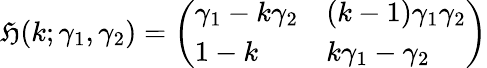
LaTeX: {\mathfrak{H}}(k;\gamma_{1},\gamma_{2})={\left(\begin{array}{ll}{\gamma_{1}-k\gamma_{2}}&{(k-1)\gamma_{1}\gamma_{2}}\\ {1-k}&{k\gamma_{1}-\gamma_{2}}\end{array}\right)}